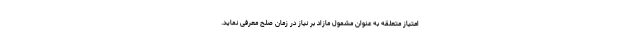
امتیاز متعلقه به عنوان مشمول مازاد بر نیاز در زمان صلح معرفی نماید.